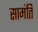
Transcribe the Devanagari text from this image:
सामंति